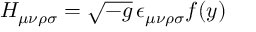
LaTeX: H _ { \mu \nu \rho \sigma } = \sqrt { - g } \, \epsilon _ { \mu \nu \rho \sigma } f ( y )